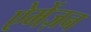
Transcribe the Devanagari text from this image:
ऐमेंज़न